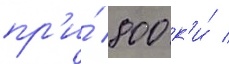
пр'и́ 800 к'и́ /